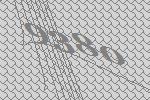
9380